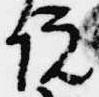
院